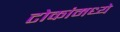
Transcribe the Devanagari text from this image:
टोकांमध्ये